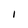
Character: I